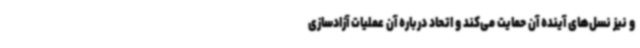
و نیز نسل‌های آینده آن حمایت می‌کند و اتحاد درباره آن عملیات آزادسازی